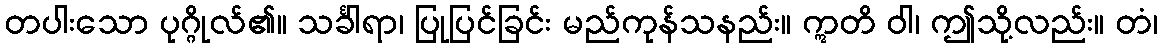
တပါးသော ပုဂ္ဂိုလ်၏။ သင်္ခါရာ၊ ပြုပြင်ခြင်း မည်ကုန်သနည်း။ ဣတိ ဝါ၊ ဤသို့လည်း။ တံ၊